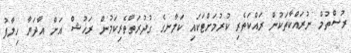
ރުސްތުމް ނުރައްކާތަކުން ރައްކަތެރި ކުރުމަށްޓަކައި ކަލާނގެ ގުދުރަތްތެރިކަމުން ރަޚުޝް އަށް އާދަޔާ ހިލާފު